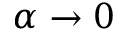
\alpha \rightarrow 0